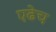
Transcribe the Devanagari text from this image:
एढेच